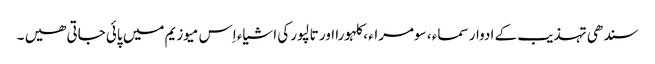
سندھی تہذیب کے ادوار سماء ، سومراء ، کلہورا اور تالپور کی اشیاء اِس میوزیم میں پائی جاتی ھیں ۔